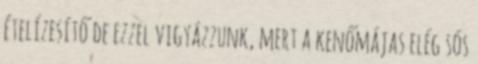
ételízesítő de ezzel vigyázzunk, mert a kenőmájas elég sós